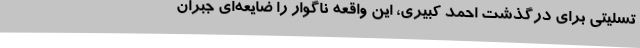
تسلیتی برای درگذشت احمد کبیری، این واقعه ناگوار را ضایعه‌ای جبران